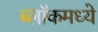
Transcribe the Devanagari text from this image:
ब्लॉकमध्‍ये